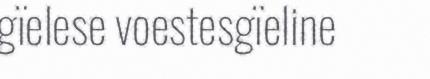
gïelese voestesgïeline